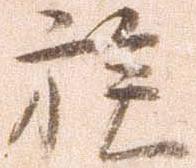
族